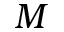
M